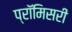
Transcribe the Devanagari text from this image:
प्रॉमिसरी